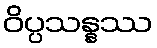
ဝိပ္ပသန္နဿ